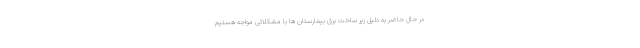
در حال حاضر به دلیل زیر ساخت برق بیمارستان ها با مشکلاتی مواجه هستیم